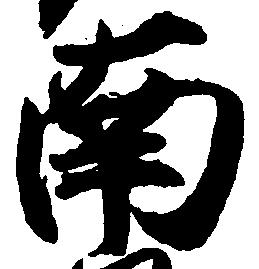
南